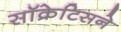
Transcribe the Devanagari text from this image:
सॉक्रेटिसने